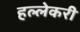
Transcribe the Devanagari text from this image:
हल्लेकरी